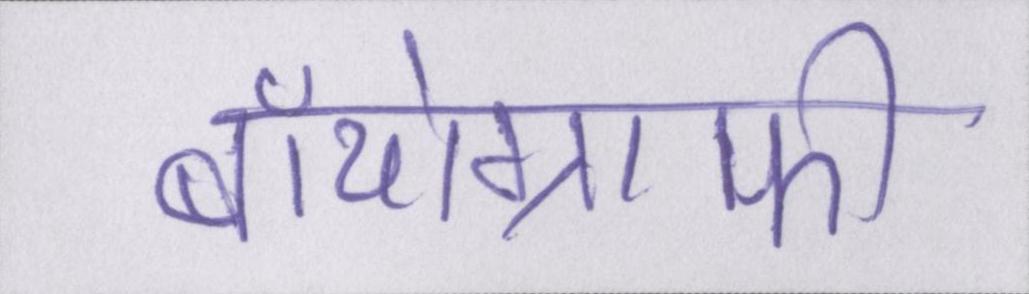
बॉयोग्राफी